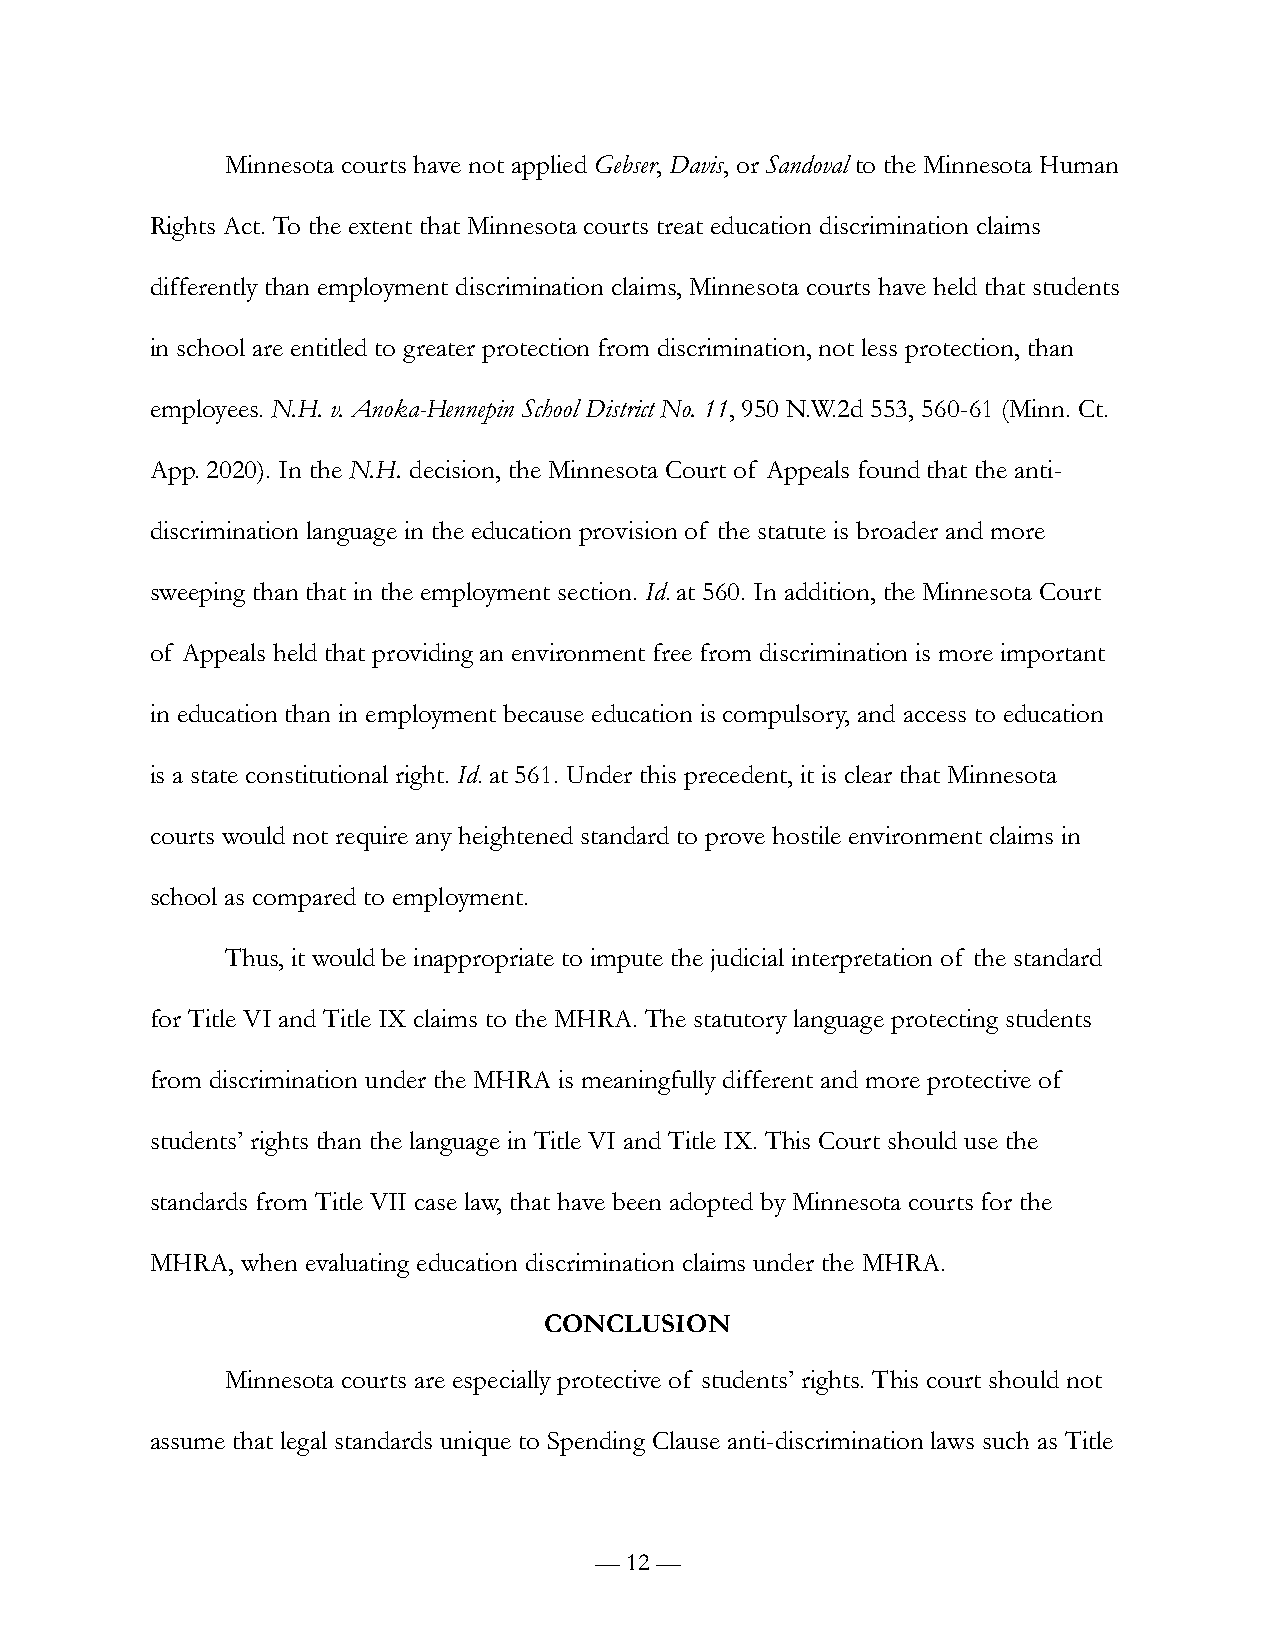
Minnesota courts have not applied Gebser, Davis, or Sandoval to the Minnesota Human
 Rights Act. To the extent that Minnesota courts treat education discrimination claims
 differently than employment discrimination claims, Minnesota courts have held that students
 in school are entitled to greater protection from discrimination, not less protection, than
 employees. N.H. v. Anoka-Hennepin School District No. 11, 950 N.W.2d 553, 560-61 (Minn. Ct.
 App. 2020). In the N.H. decision, the Minnesota Court of Appeals found that the anti-
 discrimination language in the education provision of the statute is broader and more
 sweeping than that in the employment section. Id. at 560. In addition, the Minnesota Court
 of Appeals held that providing an environment free from discrimination is more important
 in education than in employment because education is compulsory, and access to education
 is a state constitutional right. Id. at 561. Under this precedent, it is clear that Minnesota
 courts would not require any heightened standard to prove hostile environment claims in
 school as compared to employment.
 Thus, it would be inappropriate to impute the judicial interpretation of the standard
 for Title VI and Title IX claims to the MHRA. The statutory language protecting students
 from discrimination under the MHRA is meaningfully different and more protective of
 students’ rights than the language in Title VI and Title IX. This Court should use the
 standards from Title VII case law, that have been adopted by Minnesota courts for the
 MHRA, when evaluating education discrimination claims under the MHRA.
 CONCLUSION
 Minnesota courts are especially protective of students’ rights. This court should not
 assume that legal standards unique to Spending Clause anti-discrimination laws such as Title
 — 12 —